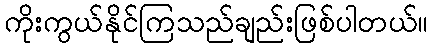
ကိုးကွယ်နိုင်ကြသည်ချည်းဖြစ်ပါတယ်။